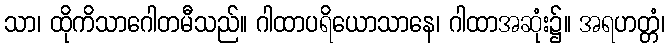
သာ၊ ထိုကိသာဂေါတမီသည်။ ဂါထာပရိယောသာနေ၊ ဂါထာအဆုံး၌။ အရဟတ္တံ၊